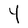
Character: Y